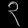
Digit: ၃